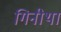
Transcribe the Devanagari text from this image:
गिनीथा